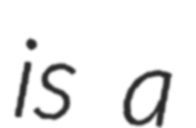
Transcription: is a